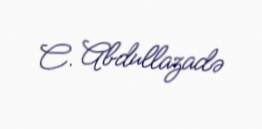
C. Abdullazadə